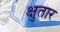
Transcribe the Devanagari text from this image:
क्षुतार